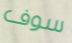
سوف